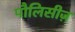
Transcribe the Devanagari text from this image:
पौलिसीज़